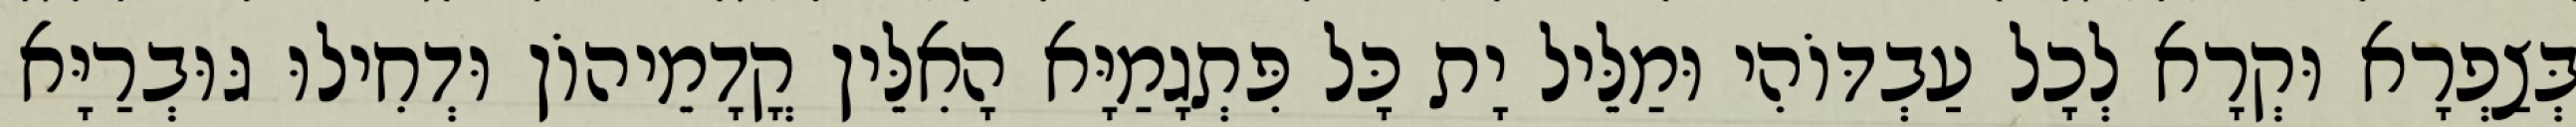
בְּצַפְרָא וּקְרָא לְכָל עַבְדּוֹהִי וּמַלֵּיל יָת כָּל פִּתְגָמַיָּא הָאִלֵּין קֳדָמֵיהוֹן וּדְחִילוּ גּוּבְרַיָּא